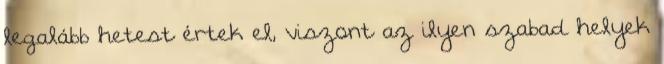
legalább hetest értek el, viszont az ilyen szabad helyek